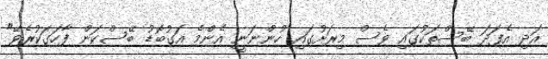
އަދި އެފަދަ ބޭސްތަކުގައި ވެސް މިރަށުގައި ހުންނަނީ އެންމެ އަގުބޮޑު ބޭސްކަން ފާހަގަކުރެވޭ"